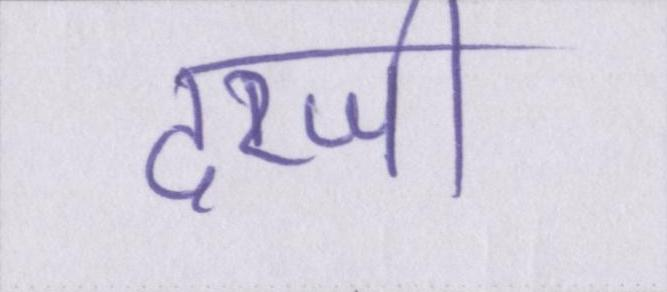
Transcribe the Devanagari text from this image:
दरजी